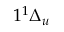
1 ^ { 1 } \Delta _ { u }